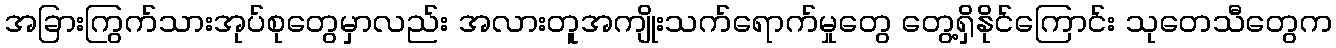
အခြားကြွက်သားအုပ်စုတွေမှာလည်း အလားတူအကျိုးသက်ရောက်မှုတွေ တွေ့ရှိနိုင်ကြောင်း သုတေသီတွေက